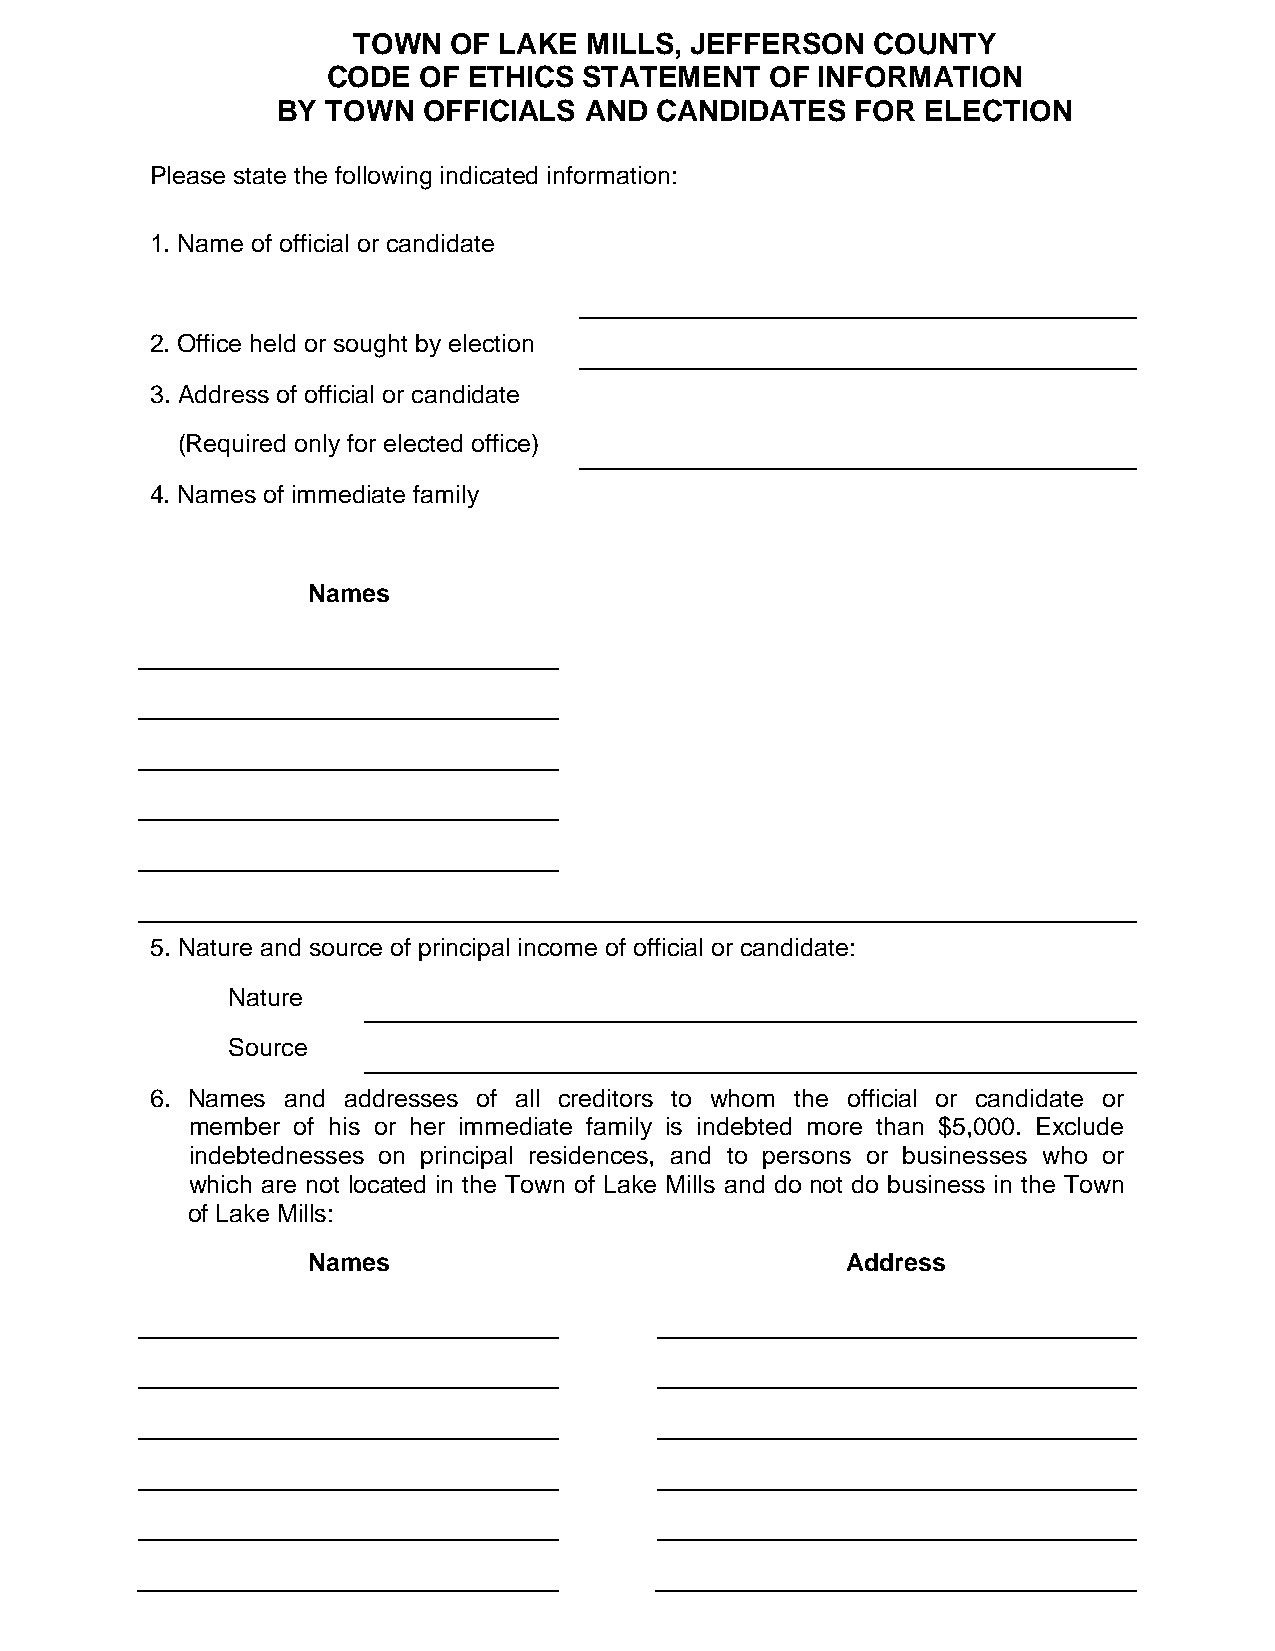
TOWN   OF LAKE  MILLS, JEFFERSON   COUNTY
 CODE  OF ETHICS  STATEMENT   OF INFORMATION
 BY  TOWN  OFFICIALS  AND CANDIDATES    FOR ELECTION
 Please state the following indicated information:
 1. Name of official or candidate
 2. Office held or sought by election
 3. Address of official or candidate
 (Required only for elected office)
 4. Names of immediate family
 Names
 5. Nature and source of principal income of official or candidate:
 Nature
 Source
 6. Names and addresses of all creditors to whom the official or candidate or
 member of his or her immediate family is indebted more than $5,000. Exclude
 indebtednesses on principal residences, and to persons or businesses who or
 which are not located in the Town of Lake Mills and do not do business in the Town
 of Lake Mills:
 Names                               Address